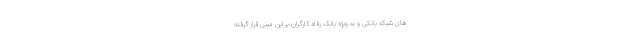
های شبکه بانکی و به ویژه بانک رفاه کارگران بر این مبنی قرار گرفته